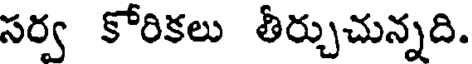
సర్వ కోరికలు తీర్చుచున్నది.